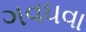
ગવધવા